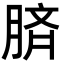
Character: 𦜝